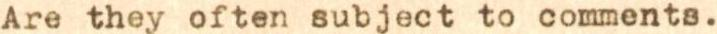
Are they often subject to comments.